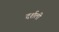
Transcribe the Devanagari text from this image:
दर्शली